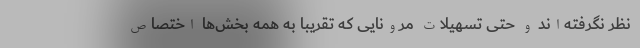
نظر نگرفته‌اند و حتی تسهیلات مرونایی که تقریبا به همه بخش‌ها اختصاص